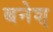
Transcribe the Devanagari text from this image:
बनेश्